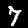
Label: 7